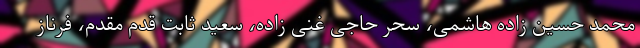
محمد حسین زاده هاشمی، سحر حاجی غنی زاده، سعید ثابت قدم مقدم، فرناز